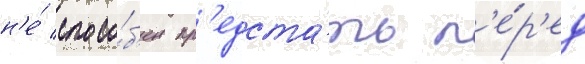
н'е́ спосо́б'ен пр'едста́ть п'е́р'ед